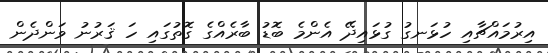
އިރުމައްޗާއި ހުޅަނގު ގުޅައިދޭ އެންމެ ބޮޑު ބާރެއްގެ ގޮތުގައި ހަ ޤަރުނު ވަންދެން